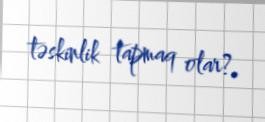
təskinlik tapmaq olar?.